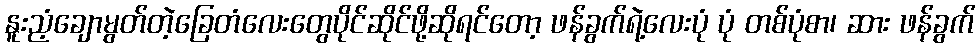
နူးညံ့ချောမွတ်တဲ့ခြေတံလေးတွေပိုင်ဆိုင်ဖို့ဆိုရင်တော့ ဖန်ခွက်ရဲ့လေးပုံ ပုံ တစ်ပုံစာ၊ ဆား ဖန်ခွက်